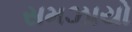
સમઝાયો